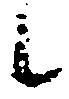
候